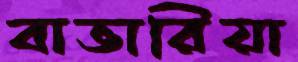
বাভারিয়া